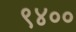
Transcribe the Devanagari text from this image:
९४००